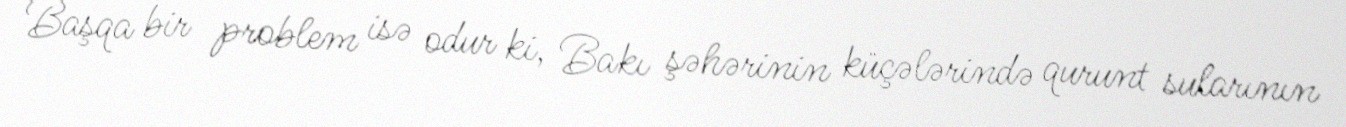
Başqa bir problem isə odur ki, Bakı şəhərinin küçələrində qurunt sularının